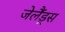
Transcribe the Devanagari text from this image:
जेलैंड्स